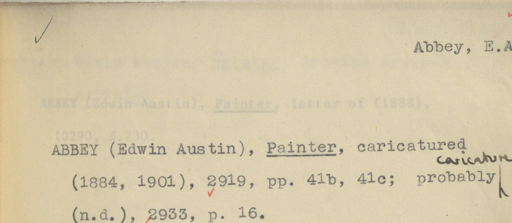
Label: content